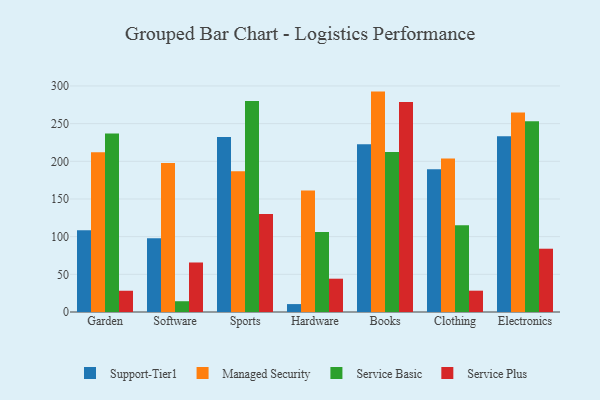
{"axis": {"x": "Category", "y": "Conversion Rate (%)"}, "legend": ["Managed Security", "Service Basic", "Service Plus", "Support-Tier1"], "data": [{"x": "Garden", "y": 108.6, "type": "Support-Tier1"}, {"x": "Garden", "y": 212.1, "type": "Managed Security"}, {"x": "Garden", "y": 236.9, "type": "Service Basic"}, {"x": "Garden", "y": 28.2, "type": "Service Plus"}, {"x": "Software", "y": 97.9, "type": "Support-Tier1"}, {"x": "Software", "y": 197.7, "type": "Managed Security"}, {"x": "Software", "y": 14.3, "type": "Service Basic"}, {"x": "Software", "y": 65.7, "type": "Service Plus"}, {"x": "Sports", "y": 232.1, "type": "Support-Tier1"}, {"x": "Sports", "y": 186.9, "type": "Managed Security"}, {"x": "Sports", "y": 280.1, "type": "Service Basic"}, {"x": "Sports", "y": 130.0, "type": "Service Plus"}, {"x": "Hardware", "y": 10.5, "type": "Support-Tier1"}, {"x": "Hardware", "y": 161.3, "type": "Managed Security"}, {"x": "Hardware", "y": 106.1, "type": "Service Basic"}, {"x": "Hardware", "y": 44.2, "type": "Service Plus"}, {"x": "Books", "y": 222.6, "type": "Support-Tier1"}, {"x": "Books", "y": 292.5, "type": "Managed Security"}, {"x": "Books", "y": 212.3, "type": "Service Basic"}, {"x": "Books", "y": 278.8, "type": "Service Plus"}, {"x": "Clothing", "y": 189.3, "type": "Support-Tier1"}, {"x": "Clothing", "y": 203.7, "type": "Managed Security"}, {"x": "Clothing", "y": 115.1, "type": "Service Basic"}, {"x": "Clothing", "y": 28.3, "type": "Service Plus"}, {"x": "Electronics", "y": 233.3, "type": "Support-Tier1"}, {"x": "Electronics", "y": 264.7, "type": "Managed Security"}, {"x": "Electronics", "y": 253.1, "type": "Service Basic"}, {"x": "Electronics", "y": 84.0, "type": "Service Plus"}]}